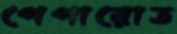
পেপারোত